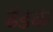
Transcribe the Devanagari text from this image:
ढंडक